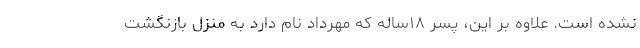
نشده است. علاوه بر این، پسر ۱۸ساله که مهرداد نام دارد به منزل بازنگشت